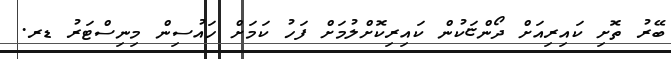
ބޭރު ތޮށި ކައިރިއަށް ދޯންޏަކުން ކައިރިކޮށްލުމަށް ފަހު ކަމަށް ހައުސިން މިނިސްޓަރު ޑރ.